Leaving Certificate Examination, 1924
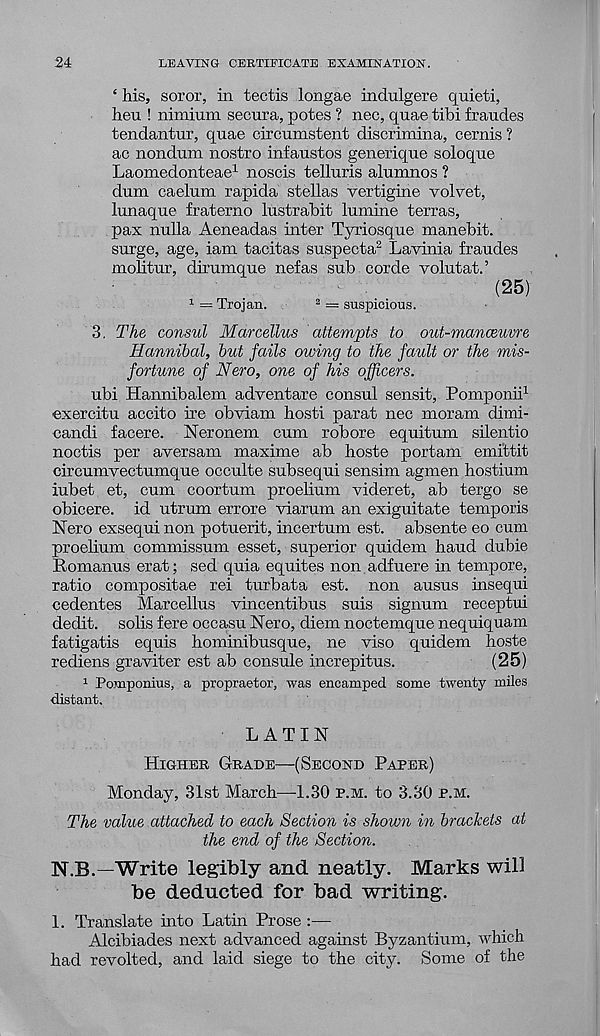
24
LEAVING CERTIFICATE EXAMINATION.
‘ his, soror, in tectis longae indulgere q uieti,
heu ! nimiiirn secura, potes ? nec, quae tibi fraudes
tendantur, quae circumstent discrimina, cernis ?
ac nondum nostro infaustos generique soloque
Laomedonteae 1 noscis telluris alumnos ?
dum caelum rapida stellas vertigine velvet,
lunaque fraterno lustrabit lumine terras,
pax nulla Aeneadas inter Tyriosque manebit.
surge, age, iam tacitas suspecta 2 Lavinia fraudes
mohtur, dirumque nefas sub corde volutat.’
(25)
1 = Trojan.
2 = suspicious.
3, The consul Marcellus attempts to out-manceuvre
Hannibal, but fails owing to the fault or the mis-
fortune of Nero, one of his officers.
ubi Hannibalem adventare consul sensit, Pomponii 1
exercitu accito ire obviam hosti parat nec moram dimi-
candi facere. Neronein cum robore equitum silentio
noctis per aversam maxime ab hoste portam emittit
circumvectumque occulte subsequi sensim agmen hostium
iubet et, cum coortum proelium videret, ab tergo se
obicere. id utrum errore viarum an exiguitate temporis
Nero exsequi non potuerit, incertum est. absente eo cum
proelium commissum esset, superior quidem baud dubie
Romanus erat; sed quia equites non adfuere in tempore,
ratio compositae rei turbata est. non ausus insequi
cedentes Marcellus vincentibus suis signum receptui
dedit. solis fere occasu Nero, diem noctemque nequiquam
fatigatis equis hominibusque, ne viso quidem hoste
rediens graviter est ab consule increpitus.
(25)
1 Pomponius, a propraetor, was encamped some twenty miles
distant,
LATIN
HIGHER GRADE—(SECOND PARER)
Monday, 31st March—1.30 P.M. to 3.30 P.M.
The value attached to each Section is shown in brackets at
the end of the Section.
N.B.—Write legibly and neatly. Marks will
be deducted for bad writing.
1. Translate into Latin Prose :—
Alcibiades next advanced against Byzantium, which
had revolted, and laid siege to the city. Some of the